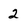
Character: 2